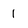
Character: 1